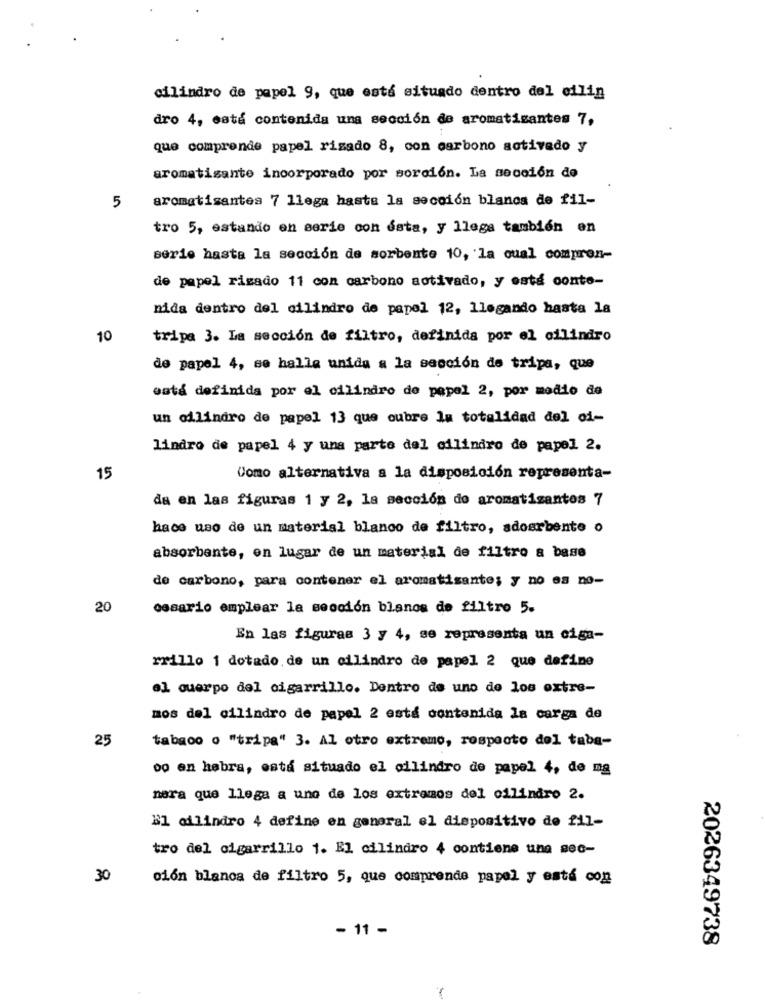
cilindro de papel 9, que está situado dentro del eilin
dro 4, está contenida una sección de aromatisantes 7,
que comprende papel rizado 8, con carbono activado y
aromatisante incorporado por sorción. La sección de
aromatisantes 7 llega hasta la sección blancs de fil-
5
tro 5, estando en serie con esta, y llega también en
serie hasta la sección de sorbente 10, la cual compren-
de papel rizado 11 con carbono activado, y está conto-
nida dentro del cilindro de papel 12, llegando hasta la
10
tripa 3. La sección de filtro, definida por el cilindro
de papel 4, se halle unida a la sección de tripa, que
waté definida por el cilindro de papel 2, por medio de
un cilindro de papel 13 que oubre Im totalidad del oi-
lindro de papel 4 y una parte del cilindro de papel 2.
15
Como alternativa a la disposición representa-
da en las figuras 1 y 2, la sección do aromatisantos 7
hace uso de un material blanco de filtro, adosrbente o
absorbente, en lugar de un material de filtro a base
de carbono, para contener el aromatisante; y no es no-
20
cesario emplear la sección blanos de filtro 5.
En las figuras 3 y 4, se representa un ciga-
rrillo 1 dotado de un cilindro de papel 2 que define
el cuerpo del cigarrillo. Dentro de uno de los oxtre-
mos del cilindro de papel 2 esté contenida la carga de
25
tabaco o "tripa" 3. Al otro extremo, rospooto del taba-
oo en hebra, está situado el cilindro de papel 4, de mg
nara que llega a uno de los extremos del cilindro 2.
El cilindro 4 define en general el dispositivo de fil-
tro del cigarrillo 1. El cilindro 4 contiene una sec-
30
ción blanca de filtro 5, que comprende papel y está con
- 11 -
2026349738